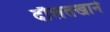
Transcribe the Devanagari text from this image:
दौलतखाने